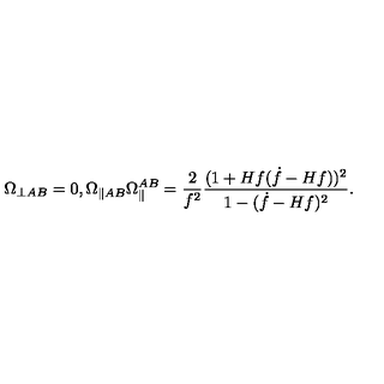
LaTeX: \Omega _ { \perp A B } = 0 , \Omega _ { \parallel A B } \Omega _ { \parallel } ^ { A B } = \frac { 2 } { f ^ { 2 } } \frac { ( 1 + H f ( \dot { f } - H f ) ) ^ { 2 } } { 1 - ( \dot { f } - H f ) ^ { 2 } } .